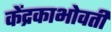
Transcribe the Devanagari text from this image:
केंद्रकाभोवती